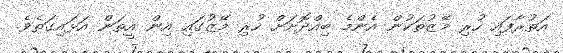
އަތުރާފައި ހުރި މޭޒުތަކުން އެންމެ ބިއްދޮށަށް ހުރި މޭޒުގައި އިން އީތަން އަޅައިގަތެވެ.